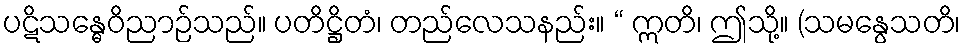
ပဋိသန္ဓေဝိညာဉ်သည်။ ပတိဋ္ဌိတံ၊ တည်လေသနည်း။ “ ဣတိ၊ ဤသို့။ (သမနွေသတိ၊